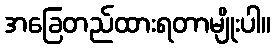
အခြေတည်ထားရတာမျိုးပါ။